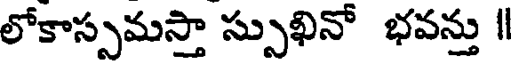
లోకాస్సమస్తా స్సుఖినో భవన్తు